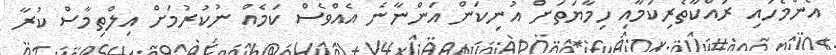
އެންމެހައި ރައްކާތެރިކަމާއި ހިމާޔަތަށް އުނިކަން އަންނާނެ އެއްވެސް ކަމެއް ނުކުރުމަށް އިލްތިމާސް ކުރާ